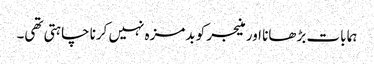
ہما بات بڑھانا اور منیجر کو بدمزہ نہیں کرنا چاہتی تھی۔